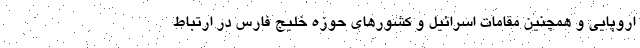
اروپایی و همچنین مقامات اسرائیل و کشورهای حوزه خلیج فارس در ارتباط